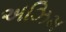
અઝિમ